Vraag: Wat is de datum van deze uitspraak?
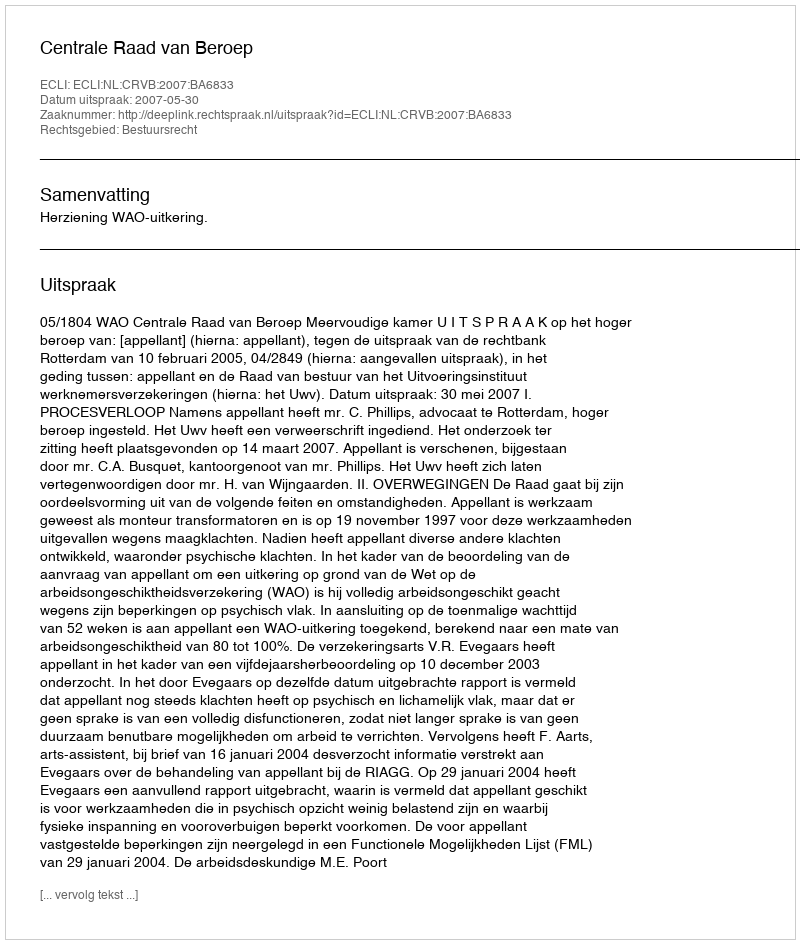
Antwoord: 2007-05-30